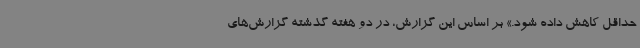
حداقل کاهش داده شود.» بر اساس این گزارش، در دو هفته گذشته گزارش‌های